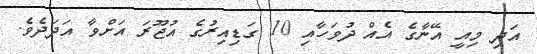
އަދި މިއީ އޭނާގެ އެއް ދުވަހާއި 10 ގަޑިއިރުގެ އުޖޫރަ އަށްވާ އަދަދެވެ.